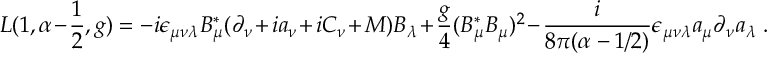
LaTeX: { \cal L } ( 1 , \alpha - \frac { 1 } { 2 } , g ) = - i \epsilon _ { \mu \nu \lambda } B _ { \mu } ^ { * } ( \partial _ { \nu } + i a _ { \nu } + i C _ { \nu } + M ) B _ { \lambda } + \frac { g } { 4 } ( B _ { \mu } ^ { * } B _ { \mu } ) ^ { 2 } - \frac { i } { 8 \pi ( \alpha - 1 / 2 ) } \epsilon _ { \mu \nu \lambda } a _ { \mu } \partial _ { \nu } a _ { \lambda } \; .